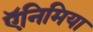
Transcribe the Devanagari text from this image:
ऍनिमिया